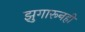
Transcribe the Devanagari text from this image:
झुगारूनही